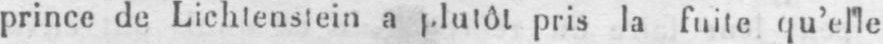
prince de Lichtenstein a plutôt pris la fuite qu’elle